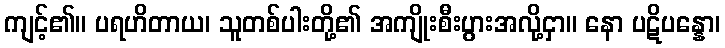
ကျင့်၏။ ပရဟိတာယ၊ သူတစ်ပါးတို့၏ အကျိုးစီးပွားအလို့ငှာ။ နော ပဋိပန္နော၊